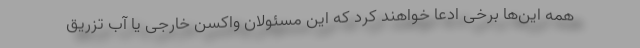
همه این‌ها برخی ادعا خواهند کرد که این مسئولان واکسن خارجی یا آب تزریق